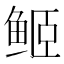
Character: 𱇬